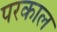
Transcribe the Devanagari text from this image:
परकाल